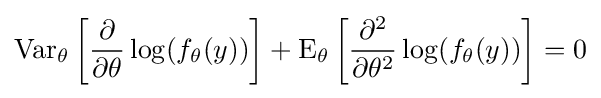
\operatorname {Var} _{\theta }\left[{\frac {\partial }{\partial \theta }}\log(f_{\theta }(y))\right]+\operatorname {E} _{\theta }\left[{\frac {\partial ^{2}}{\partial \theta ^{2}}}\log(f_{\theta }(y))\right]=0